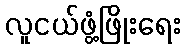
လူငယ်ဖွံ့ဖြိုးရေး